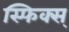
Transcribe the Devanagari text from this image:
स्फिक्स्